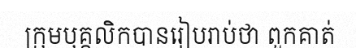
ក្រុមបុគ្គលិកបានរៀបរាប់ថា ពួកគាត់